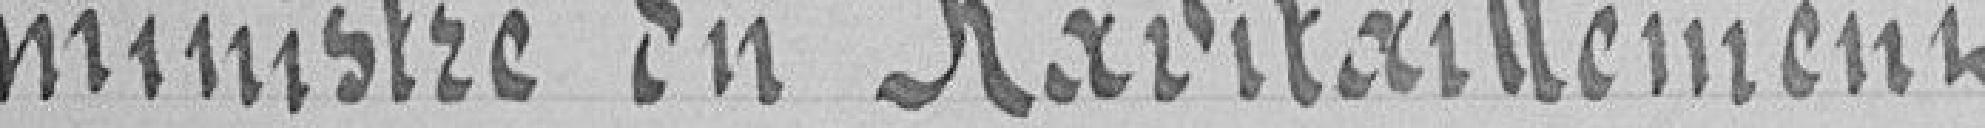
ministre du Ravitaillement